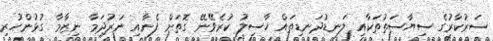
ސަރުކާރުގެ ސިޔާސަތުތަކާއި ލަނޑުދަނޑިތައް ހާސިލު ކުރެވޭނޭ ގޮތަށް ފެނާއި ނަރުދަމާ ނިޒާމާ ގުޅުންހުރި